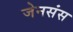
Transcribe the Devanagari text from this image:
जेनसंस